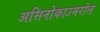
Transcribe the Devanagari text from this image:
असिनोकाउमरोल